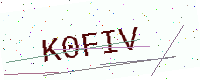
Text: K0FIV